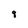
Character: 8